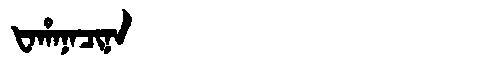
Manchu: ᡶᠠᡥᠠᠨᠠᠴᡳᠨᠠ
Romanization: FAHANACINA